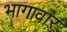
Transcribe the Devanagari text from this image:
भागावार